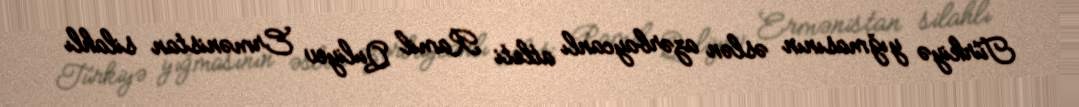
Türkiyə yığmasının əslən azərbaycanlı atleti Ramil Quliyev Ermənistan silahlı